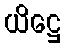
ယိဋ္ဌေ